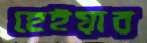
হেইয়ার